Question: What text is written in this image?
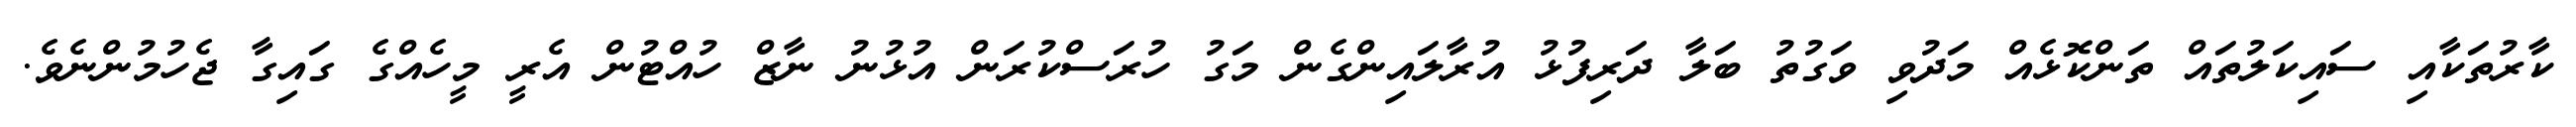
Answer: ކާރުތަކާއި ސައިކަލުތައް ތަންކޮޅެއް މަދުވި ވަގުތު ބަލާ ދަރިފުޅު އުރާލައިންގެން މަގު ހުރަސްކުރަން އުޅުނު ނާޒް ހުއްޓުން އެރީ މީހެއްގެ ގައިގާ ޖެހުމުންނެވެ.